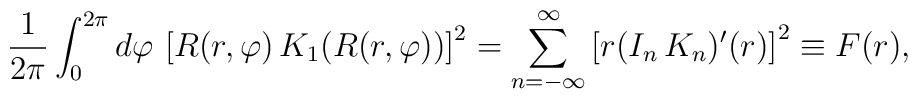
{1 \over 2\pi}\int_0^{2\pi} d\varphi \, \left[ R(r,\varphi) \, K_1(R(r,\varphi) ) \right]^2 = \sum_{n=-\infty}^{\infty} \left[ r (I_n \, K_n )'(r) \right]^2 \equiv F(r) ,